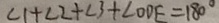
\angle 1 + \angle 2 + \angle 3 + \angle O D E = 1 8 0 ^ { \circ }